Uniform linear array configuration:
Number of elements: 8
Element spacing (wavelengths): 0.5
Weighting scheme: hann
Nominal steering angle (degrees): -45
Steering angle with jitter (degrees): -44.425
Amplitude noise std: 0.05
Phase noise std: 0.05

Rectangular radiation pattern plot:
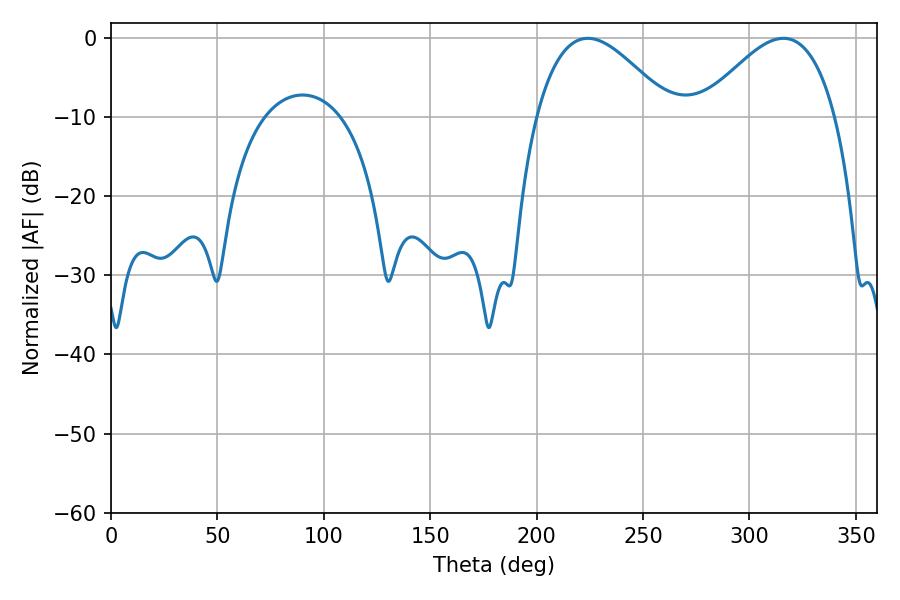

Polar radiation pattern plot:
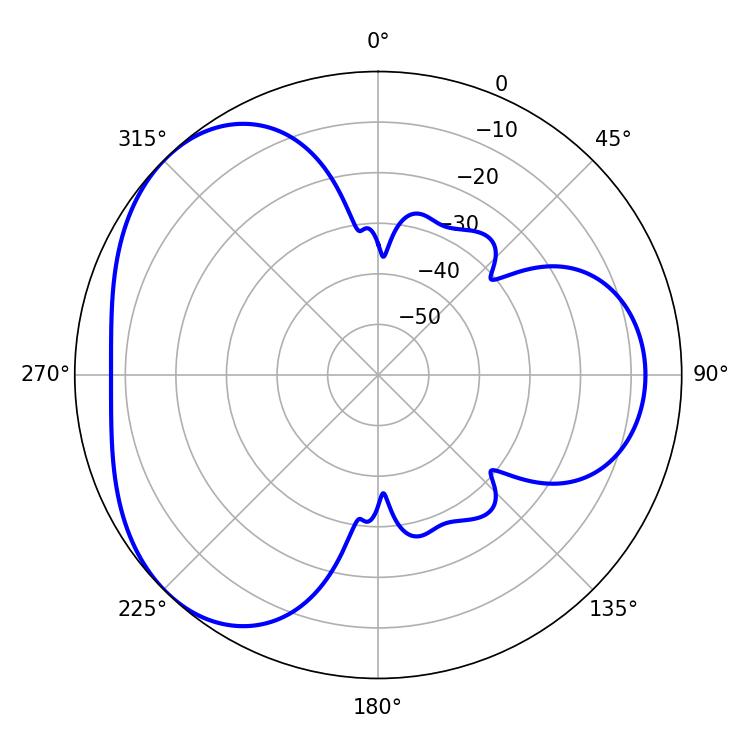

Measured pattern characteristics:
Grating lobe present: FALSE
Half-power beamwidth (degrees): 34.38
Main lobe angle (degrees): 224.1